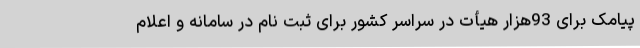
پیامک برای 93هزار هیأت در سراسر کشور برای ثبت نام در سامانه و اعلام